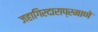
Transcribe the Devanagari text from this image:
जहागिरदाराप्रमाणे